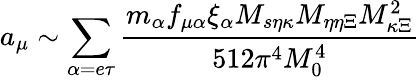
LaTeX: a_{\mu}\sim\sum_{\alpha=e\tau}\frac{m_{\alpha}f_{\mu\alpha}\xi_{\alpha}M_{s\eta\kappa}M_{\eta\eta\Xi}M_{\kappa\Xi}^{2}}{512\pi^{4}M_{0}^{4}}